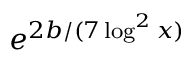
e ^ { 2 b / ( 7 \log ^ { 2 } x ) }